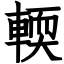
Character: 輭